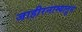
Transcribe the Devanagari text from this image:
जाहीरनाम्यातून